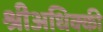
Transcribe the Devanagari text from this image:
श्रीअधिक्की